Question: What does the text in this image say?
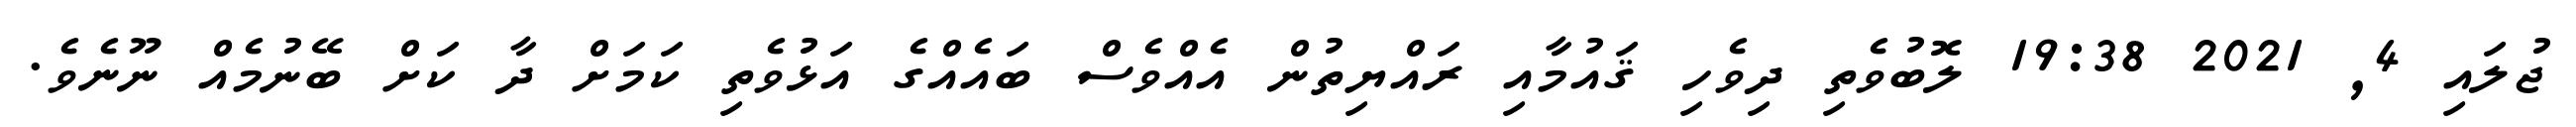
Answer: ޖުލައި 4, 2021 19:38 ލޮބުވެތި ދިވެހި ޤައުމާއި ރައްޔިތުން އެއްވެސް ބައެއްގެ އަޅުވެތި ކަމަށް ދާ ކަށް ބޭނުމެއް ނޫނެވެ.